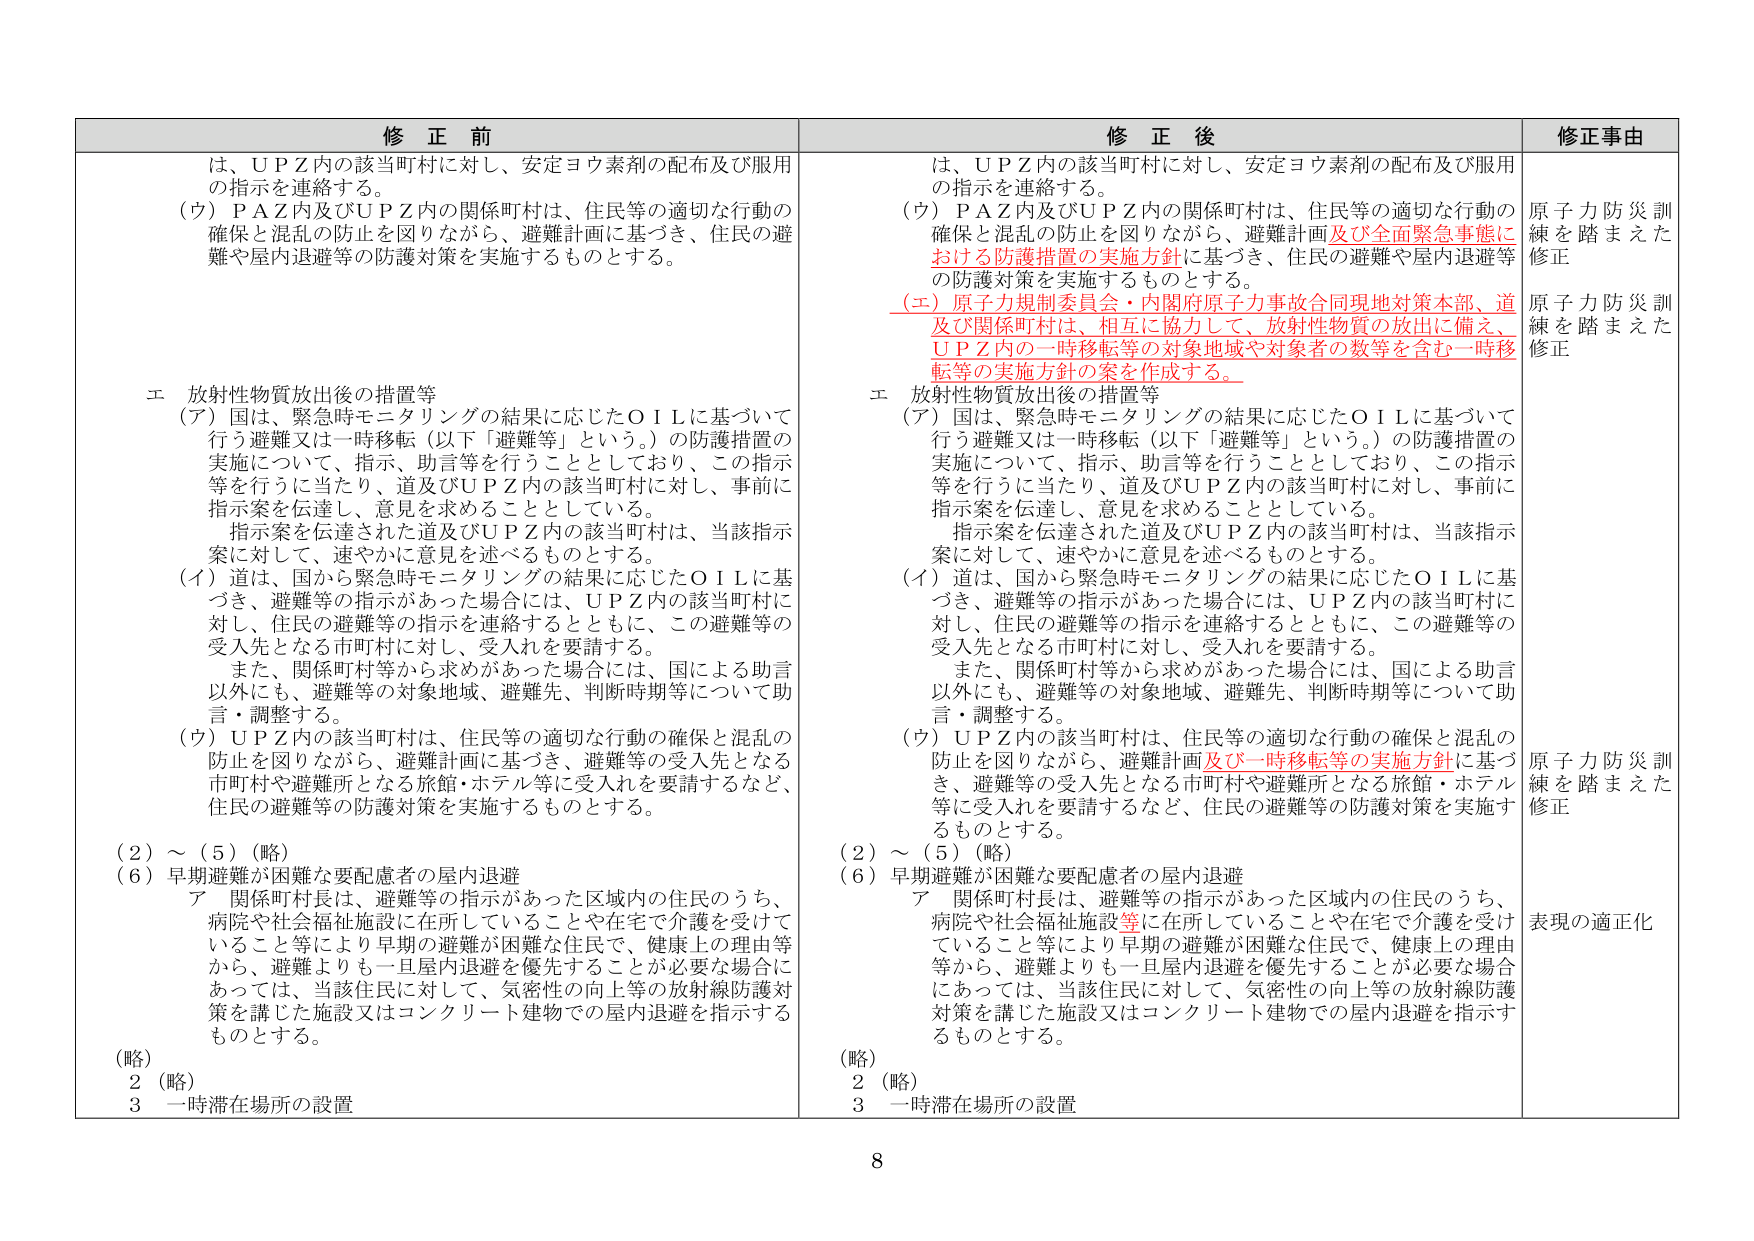
修正前
は、ＵＰＺ内の該当町村に対し、安定ヨウ素剤の配布及び服用の指示を連絡する。
（ウ）ＰＡＺ内及びＵＰＺ内の関係町村は、住民等の適切な行動の確保と混乱の防止を図りながら、避難計画に基づき、住民の避難や屋内退避等の防護対策を実施するものとする。

エ 放射性物質放出後の措置等
（ア）国は、緊急時モニタリングの結果に応じたＯＩＬに基づいて行う避難又は一時移転（以下「避難等」という。）の防護措置の実施について、指示、助言等を行うこととしており、この指示等を行うに当たり、道及びＵＰＺ内の該当町村に対し、事前に指示案を伝達し、意見を求めることとしている。
指示案を伝達された道及びＵＰＺ内の該当町村は、当該指示案に対して、速やかに意見を述べるものとする。
（イ）道は、国から緊急時モニタリングの結果に応じたＯＩＬに基づき、避難等の指示があった場合には、ＵＰＺ内の該当町村に対し、住民の避難等の指示を連絡するとともに、この避難等の受入先となる市町村に対し、受入れを要請する。
また、関係町村等から求めがあった場合には、国による助言以外にも、避難等の対象地域、避難先、判断時期等について助言・調整する。
（ウ）ＵＰＺ内の該当町村は、住民等の適切な行動の確保と混乱の防止を図りながら、避難計画に基づき、避難等の受入先となる市町村や避難所となる旅館・ホテル等に受入れを要請するなど、住民の避難等の防護対策を実施するものとする。

（２）～（５）（略）
（６）早期避難が困難な要配慮者の屋内退避
ア 関係町村長は、避難等の指示があった区域内の住民のうち、病院や社会福祉施設に在所していることや在宅で介護を受けていること等により早期の避難が困難な住民で、健康上の理由等から、避難よりも一旦屋内退避を優先することが必要な場合にあっては、当該住民に対して、気密性の向上等の放射線防護対策を講じた施設又はコンクリート建物での屋内退避を指示するものとする。

（略）
２（略）
３ 一時滞在場所の設置

修正後
は、ＵＰＺ内の該当町村に対し、安定ヨウ素剤の配布及び服用の指示を連絡する。
（ウ）ＰＡＺ内及びＵＰＺ内の関係町村は、住民等の適切な行動の確保と混乱の防止を図りながら、避難計画及び全面緊急事態における防護措置の実施方針に基づき、住民の避難や屋内退避等の防護対策を実施するものとする。
（エ）原子力規制委員会・内閣府原子力事故合同現地対策本部、道及び関係町村は、相互に協力して、放射性物質の放出に備え、ＵＰＺ内の一時移転等の対象地域や対象者の数等を含む一時移転等の実施方針の案を作成する。

エ 放射性物質放出後の措置等
（ア）国は、緊急時モニタリングの結果に応じたＯＩＬに基づいて行う避難又は一時移転（以下「避難等」という。）の防護措置の実施について、指示、助言等を行うこととしており、この指示等を行うに当たり、道及びＵＰＺ内の該当町村に対し、事前に指示案を伝達し、意見を求めることとしている。
指示案を伝達された道及びＵＰＺ内の該当町村は、当該指示案に対して、速やかに意見を述べるものとする。
（イ）道は、国から緊急時モニタリングの結果に応じたＯＩＬに基づき、避難等の指示があった場合には、ＵＰＺ内の該当町村に対し、住民の避難等の指示を連絡するとともに、この避難等の受入先となる市町村に対し、受入れを要請する。
また、関係町村等から求めがあった場合には、国による助言以外にも、避難等の対象地域、避難先、判断時期等について助言・調整する。
（ウ）ＵＰＺ内の該当町村は、住民等の適切な行動の確保と混乱の防止を図りながら、避難計画及び一時移転等の実施方針に基づき、避難等の受入先となる市町村や避難所となる旅館・ホテル等に受入れを要請するなど、住民の避難等の防護対策を実施するものとする。

（２）～（５）（略）
（６）早期避難が困難な要配慮者の屋内退避
ア 関係町村長は、避難等の指示があった区域内の住民のうち、病院や社会福祉施設等に在所していることや在宅で介護を受けていること等により早期の避難が困難な住民で、健康上の理由等から、避難よりも一旦屋内退避を優先することが必要な場合にあっては、当該住民に対して、気密性の向上等の放射線防護対策を講じた施設又はコンクリート建物での屋内退避を指示するものとする。

（略）
２（略）
３ 一時滞在場所の設置

修正事由
原子力防災訓練を踏まえた修正
原子力防災訓練を踏まえた修正
表現の適正化

8